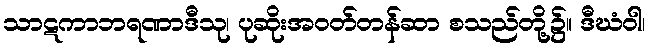
သာဋကာဘရဏာဒီသု၊ ပုဆိုးအဝတ်တန်ဆာ စသည်တို့၌။ ဒီဃံဝါ၊